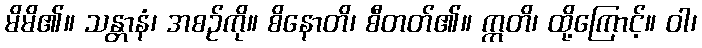
မိမိ၏။ သန္တာနံ၊ အစဉ်ကို။ စိနောတိ၊ စီတတ်၏။ ဣတိ၊ ထို့ကြောင့်။ ဝါ၊